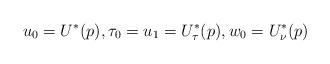
LaTeX: \begin{align*}u_{0}=U^{\ast}(p),\tau_{0}=u_{1}=U_{\mathbf{\tau}}^{\ast}(p),w_{0}=U_{\mathbf{\nu}}^{\ast}(p) \end{align*}